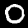
Label: 0